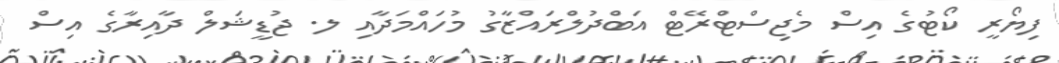
ފިޔޯރީ ކޯޓުގެ އިސް މެޖިސްޓްރޭޓް އަބްދުލްރައްޒާގު މުހައްމަދާއި ލ. ޖުޑީޝަލް ދާއިރާގެ އިސް